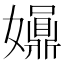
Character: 𡤀